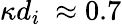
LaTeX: \kappa d_{i}~\approx 0.7